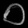
Digit: ၀